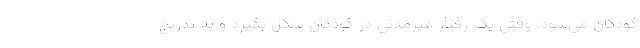
کودکان می‌شود. وقتی یک رفتار غیرمدنی در کودکان شکل بگیرد و به تدریج